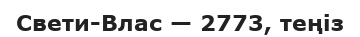
Свети-Влас — 2773, теңіз